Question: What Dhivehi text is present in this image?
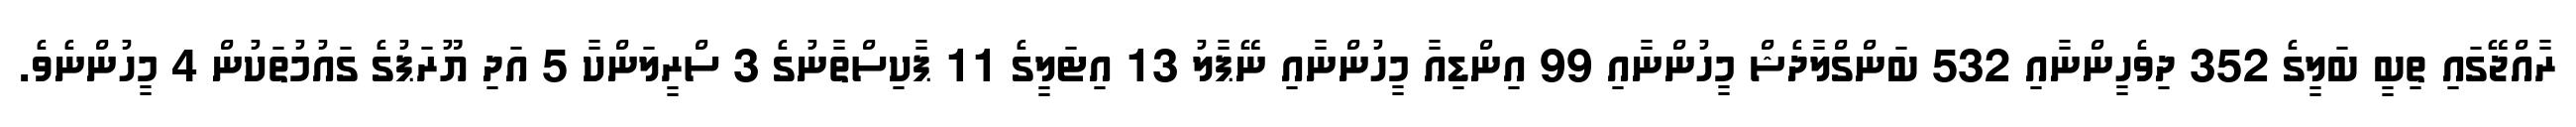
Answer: ރާއްޖޭގައި ތިބީ ބަލީގެ 352 ދިވެހީންނާއި 532 ބަންގްލާދެޝް މީހުންނާއި 99 އިންޑިއާ މީހުންނާއި ނޭޕާލު 13 އިޓަލީގެ 11 ޕާކިސްތާނުގެ 3 ސްރީލަންކާ 5 އަދި ޔޫރަޕުގެ ގައުމުތަކުން 4 މީހުންނެވެ.